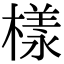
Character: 樣